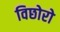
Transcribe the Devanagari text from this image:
विछोरो